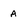
Character: a